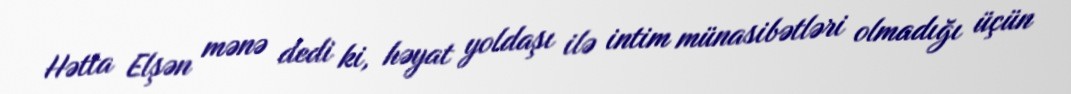
Hətta Elşən mənə dedi ki, həyat yoldaşı ilə intim münasibətləri olmadığı üçün